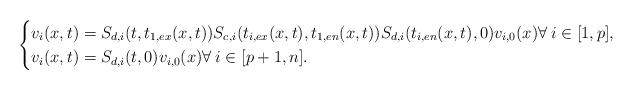
LaTeX: \begin{align*} \begin{cases} v_i(x,t)=S_{d,i}(t,t_{1,ex}(x,t))S_{c,i}(t_{i,ex}(x,t),t_{1,en}(x,t))S_{d,i}(t_{i,en}(x,t),0)v_{i,0}(x) \forall\:i\in[1,p], \\ v_i(x,t)=S_{d,i}(t,0)v_{i,0}(x) \forall\:i\in[p+1,n]. \end{cases} \end{align*}